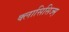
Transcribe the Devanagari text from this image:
क्लासिसिज्म़